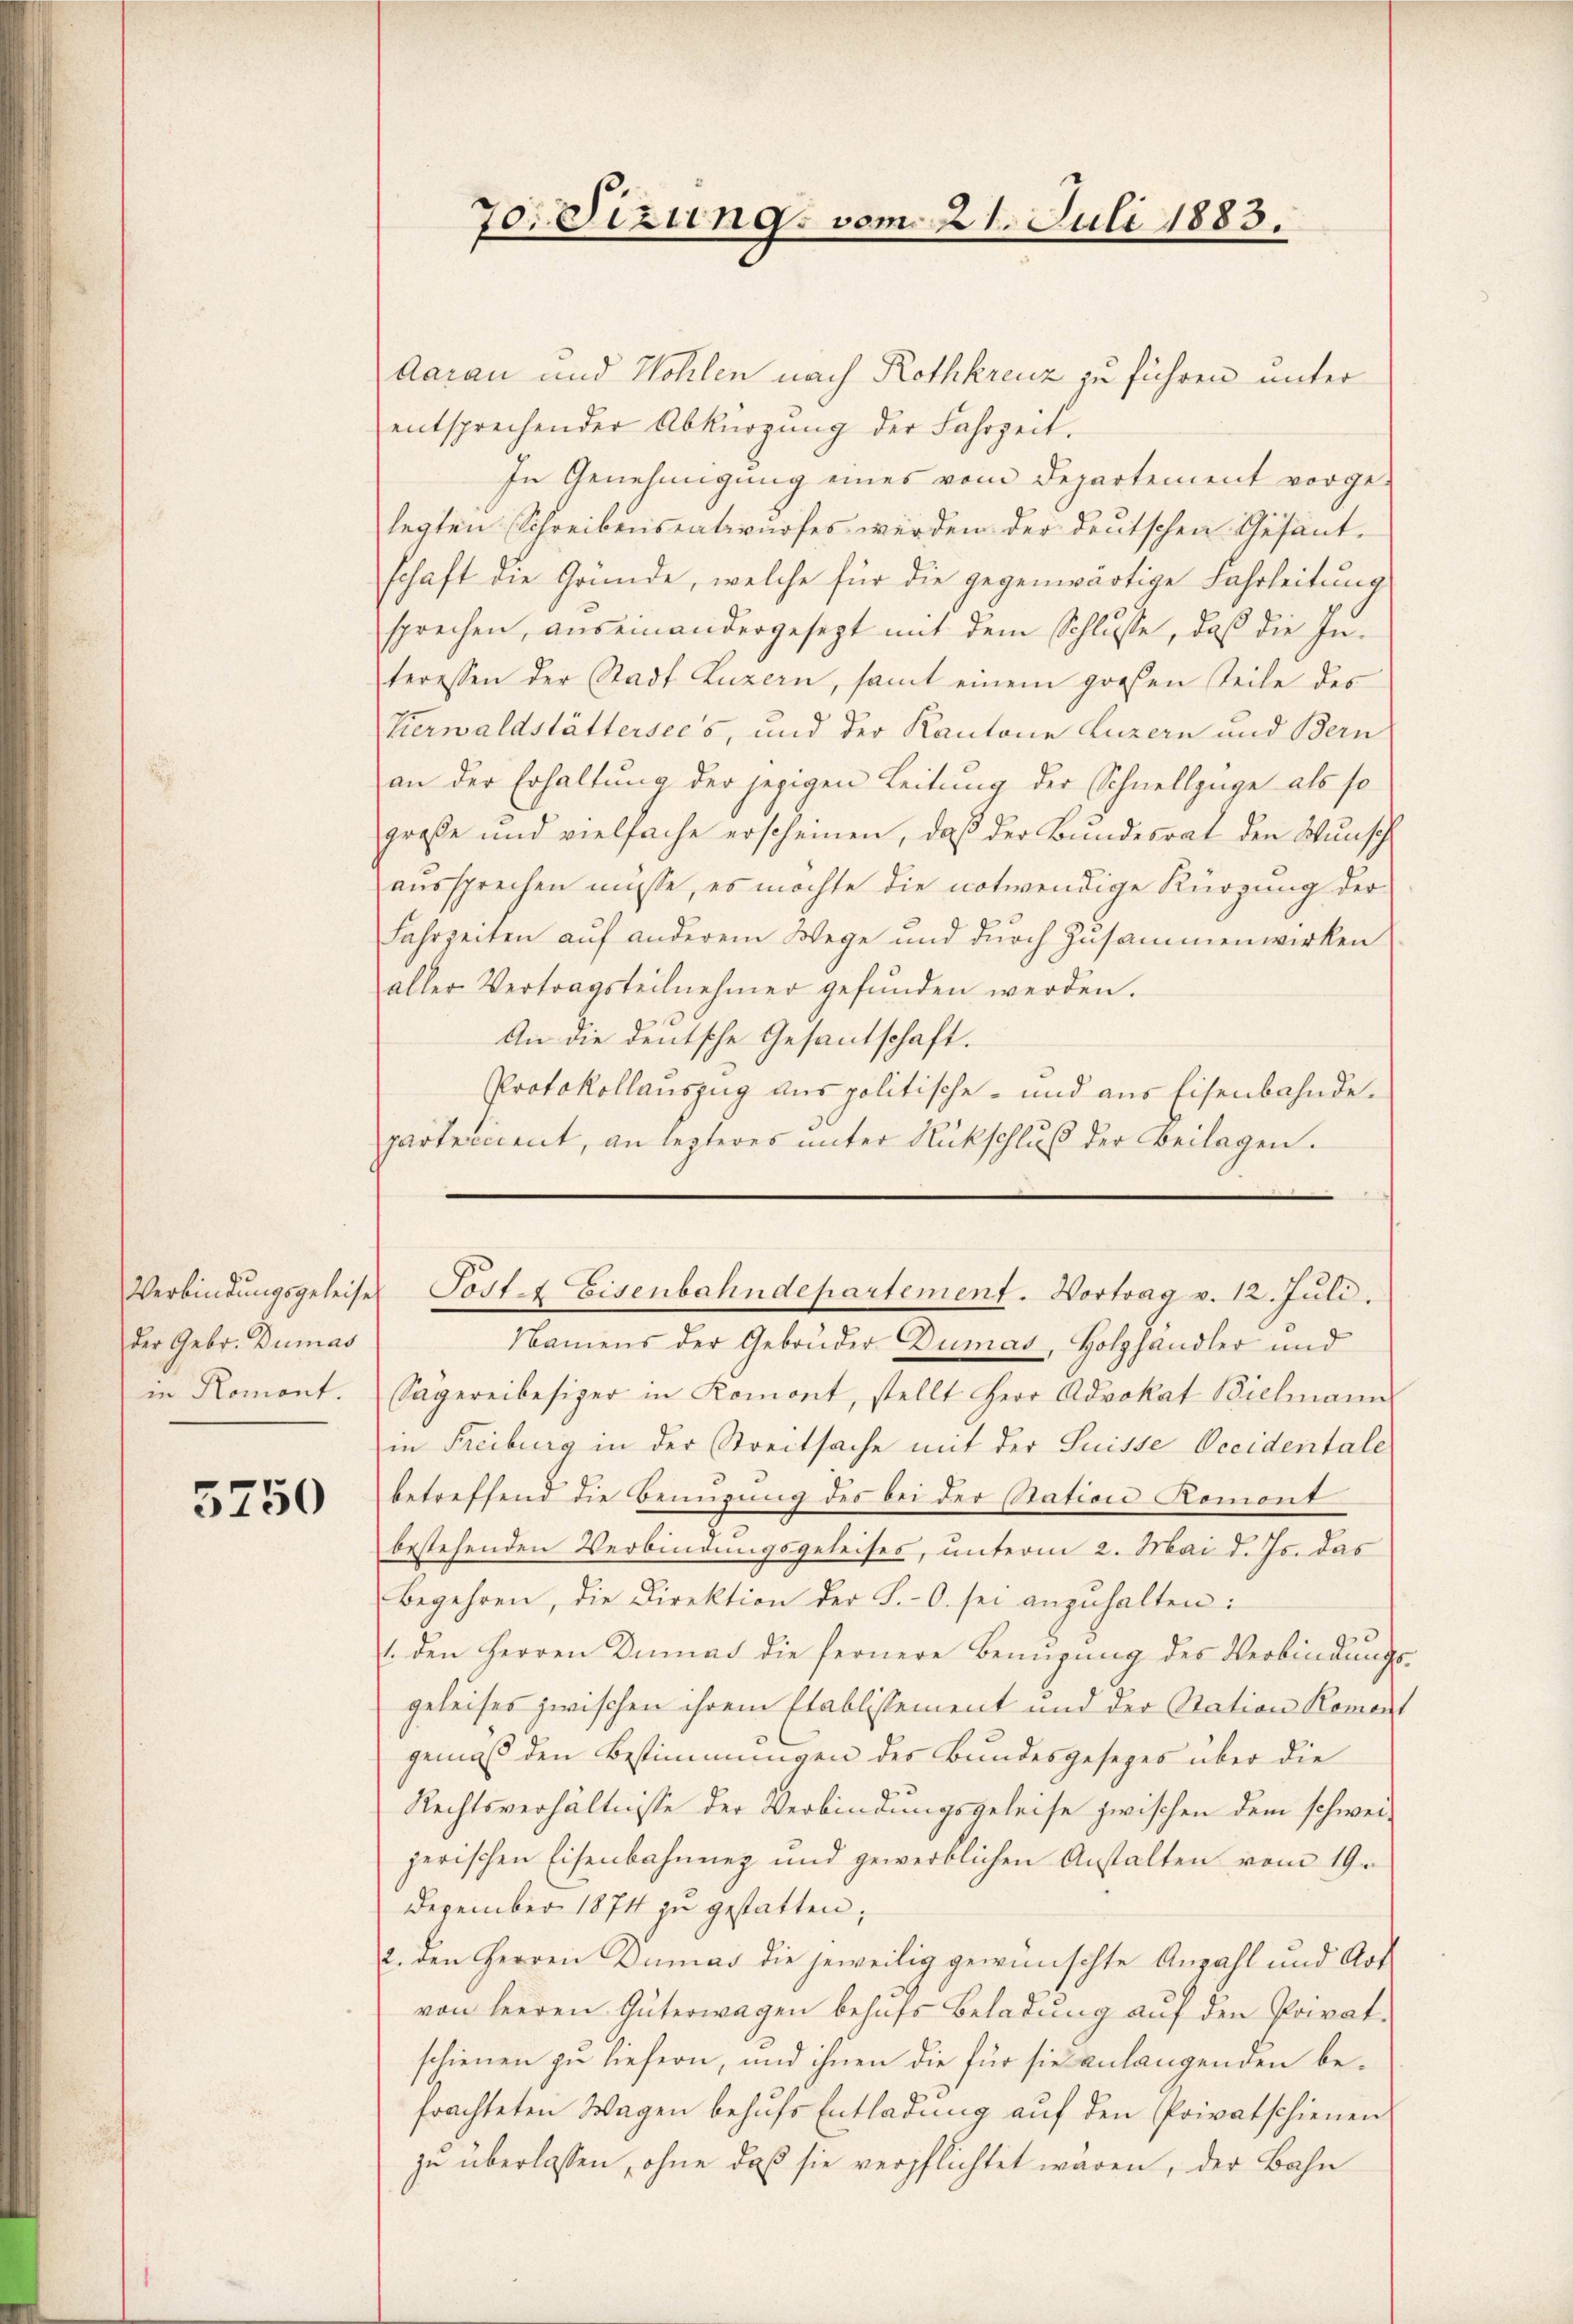
der Gebr. Dumas
in Romont.

5750

Aarau und Wohlen nach Rothkreuz zu führen unter
entsprechender Abkürzung der Fahrzeit.
In Genehmigung eines vom Departement vorge-
legten Schreibensentwurfes werden der deutschen Gesant-
schaft die Gründe, welche für die gegenwärtige Fahrleitung
sprechen, auseinandergesezt mit dem Schlusse, daß die In-
teressen der Stadt Luzern, samt einem großen Teile des
Verwaldstättersees, und der Kantone Luzern und Bern
an der Erhaltung der jezigen Leitung der Schnellzüge als so
große und vielfache erscheinen, daß der Bundesrat den Wunsch
aussprechen müsse, es möchte die notwendige Kürzung der
Fahrzeiten auf anderem Wege und durch Zusammenwirken
aller Vertragsteilnehmer gefŭnden werden.
An die deutsche Gesantschaft.
Protokollauszug aus politische- und aus Eisenbahnde.
parterient, an lezteres unter Rückschluß der Beilagen.

70. Sizung, vom 21. Juli 1883.

Verbindŭngsgeleises Post- & Eisenbahndepartement. Vortrag v. 12. Juli.

Namens der Gebrüder Dumas, Holzhandler und
Sagereibesizer in Komont, stellt Herr Advokat Bielmann
in Freiburg in der Streitsache mit der Suisse Occidentale
betreffend die Benuzung des bei der Station Romont
bestehenden Verbindungsgeleises, unterm 2. Mai d. Js. das
begehren, die Direktion der S.-O. sei anzŭhalten:
1. den Herren Dinnnas die fernere Benŭgŭng des Verbindŭngs-
geleises zwischen ihrem Stablissement und der Station Roment
gemäß den Bestimmungen des Bundesgesezes über die
Rechtsverhältnisse der Verbindungsgeleise zwischen dem schwei-
jerischen Eisenbahnung und gewerblichen Anstalten vom 19.
Dezember 1874 zu gestatten;
2. den Herren Dumas die jeweilig gewünschte Anzahl und Art
von leeren Güterwagen behufs Beladung auf den Privatschienen zu liefern, und ihnen die für sie anlangenden befrachteten Wagen behufs Entladung auf den Privatschienen
zu überlassen, ohne daß sie verpflichtet wären, der Bahn